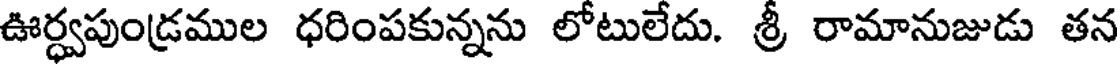
ఊర్ధ్వపుండ్రముల ధరింపకున్నను లోటులేదు. శ్రీ రామానుజుడు తన